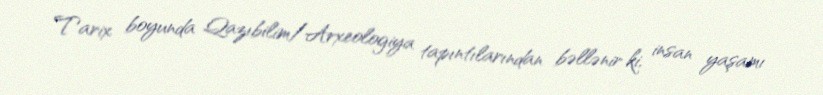
Tarix boyunda Qazıbilim/Arxeologiya tapıntılarından bəllənir ki, insan yaşamı